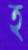
হ